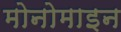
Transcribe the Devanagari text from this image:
मोनोमाइन